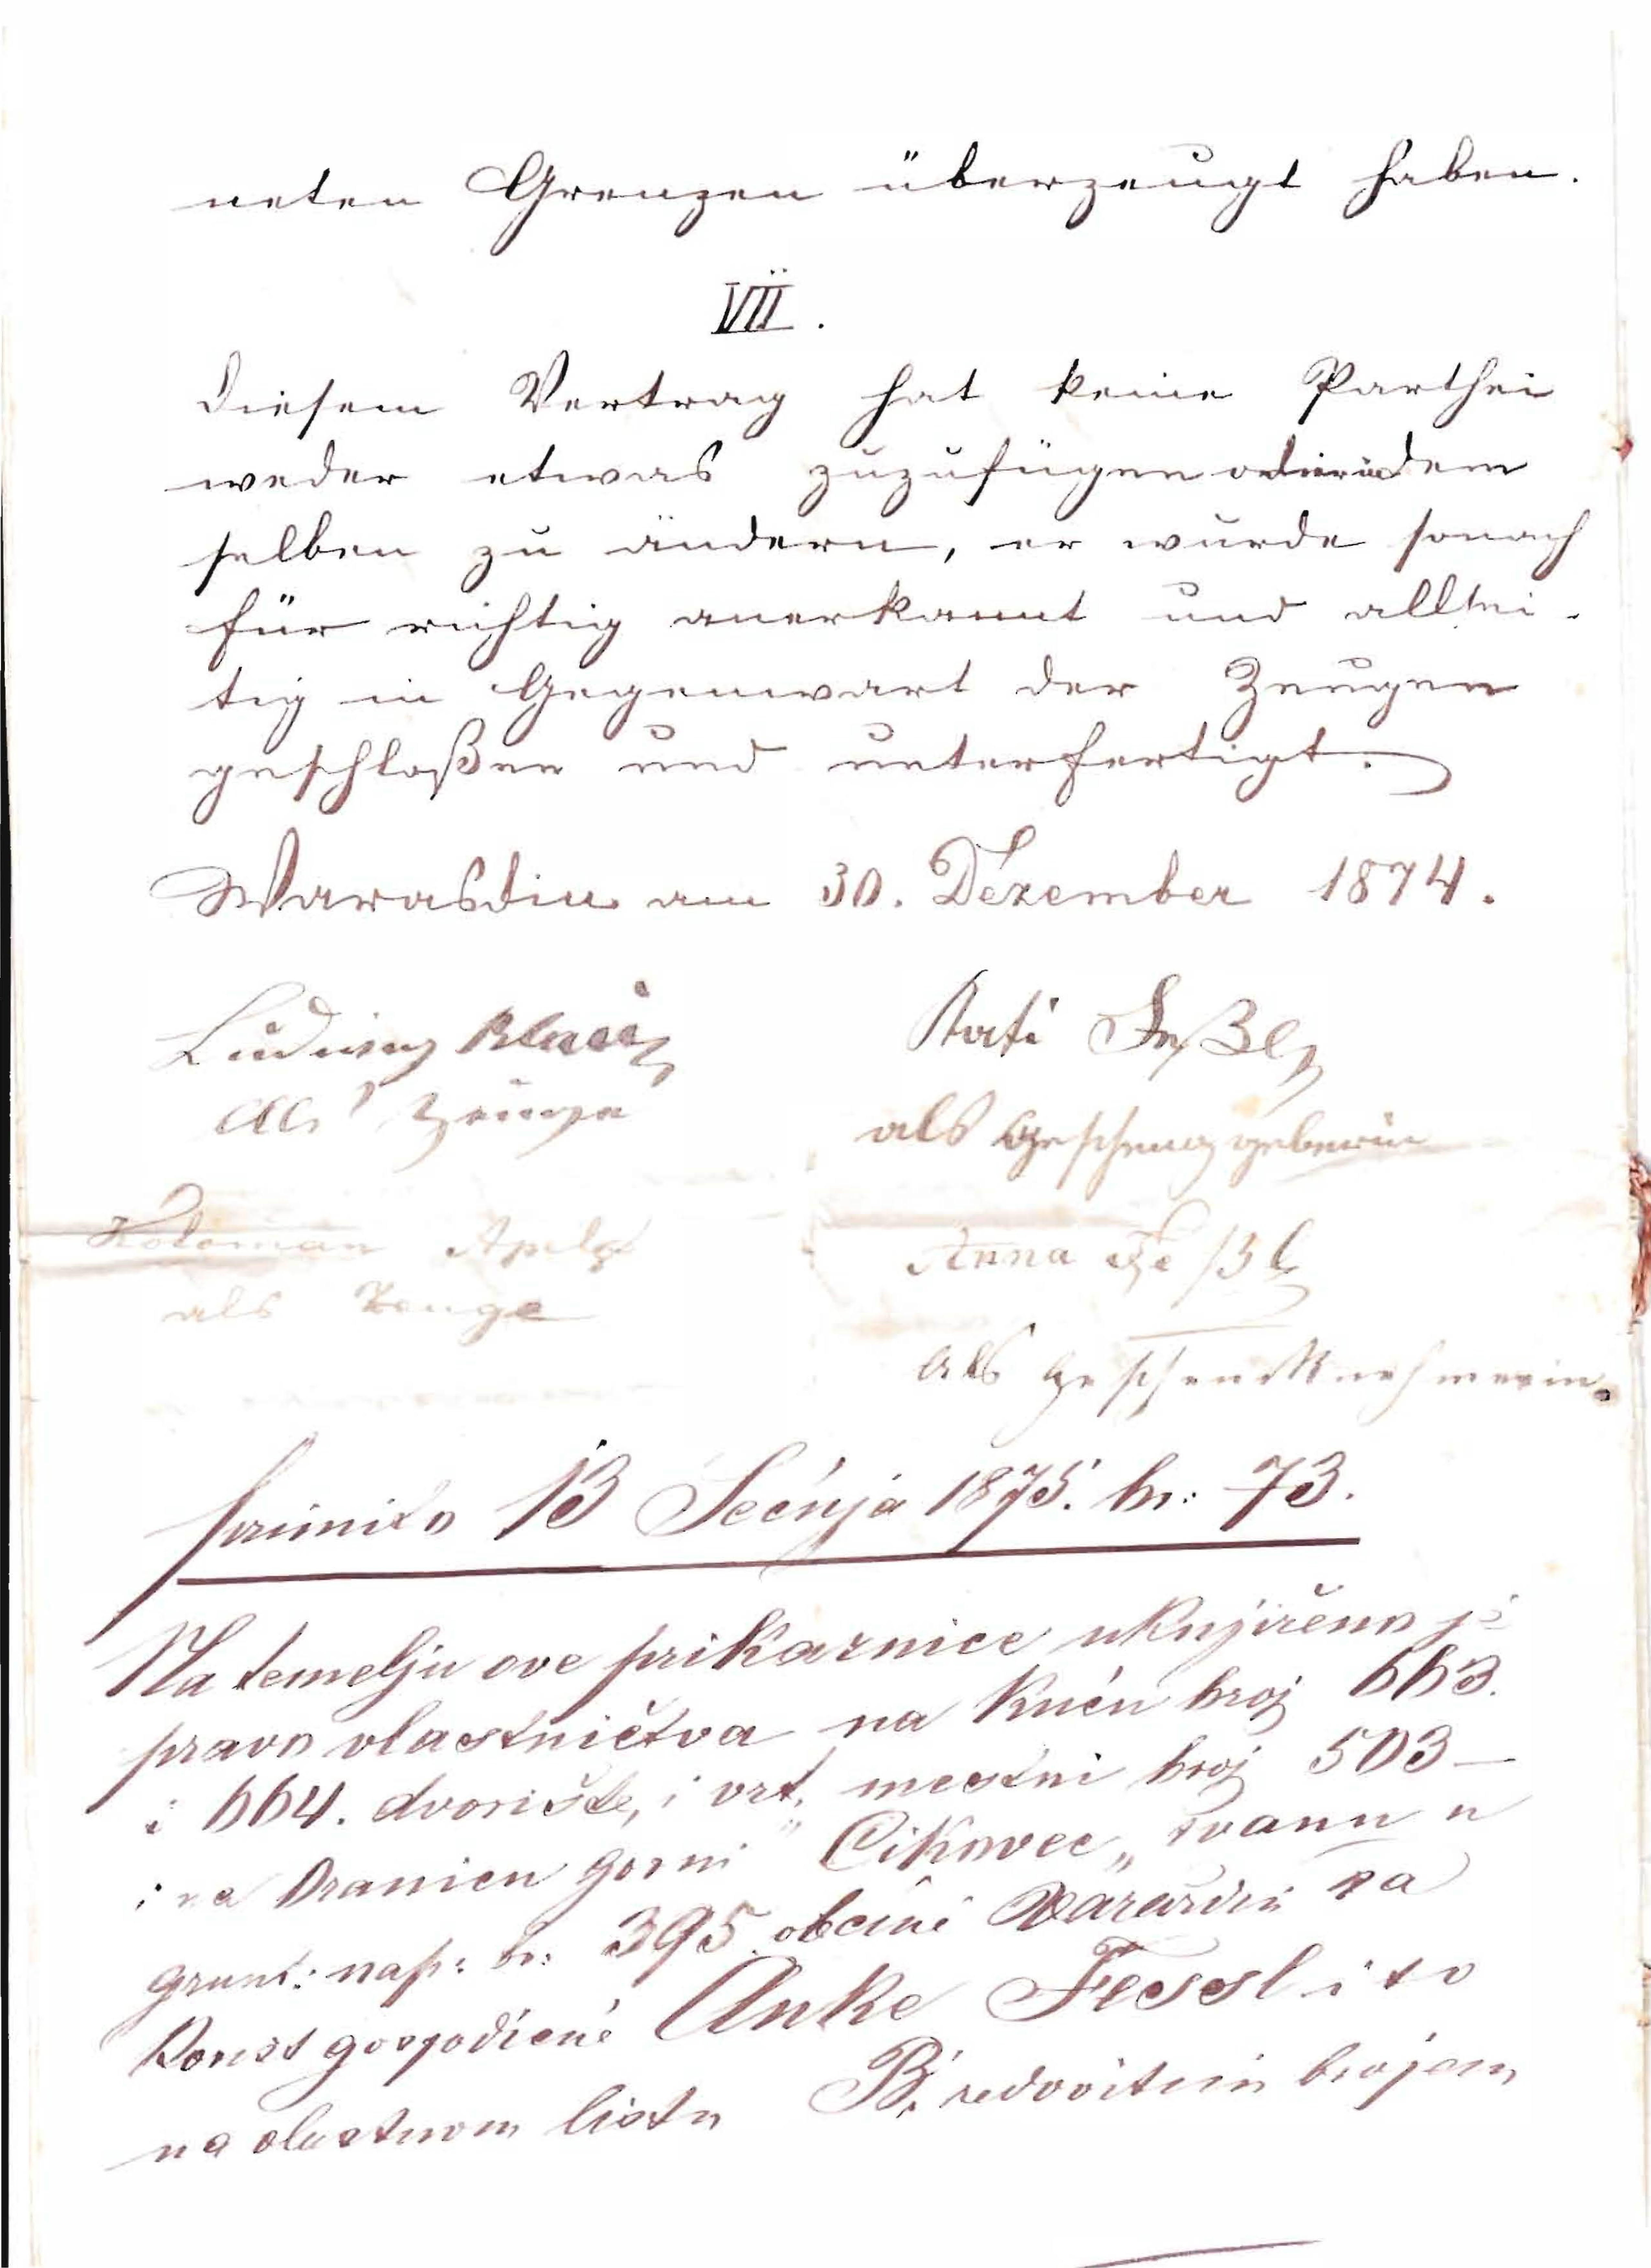
neten Grenzen überzeugt haben
VII.
Diesem Vertrag hat keine Parthei
weder etwas zuzufügen oder den¬
selben zu ändern, er werde sonach
für richtig anerkannt und allsei¬
tig in Gegenwart der Zeugen
geschloßen und unterfertigt.
Warasdin am 30. Dezember 1874
Ludwig Blasi
als Zeuge
Kati Feßl
als Geschenkgeberin
Koloman Apel[...]
als Zeuge
Anna Feßl
als Geschenknehmerin